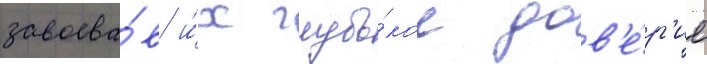
завоева́в и́х глубо́кое дов'е́р'ие